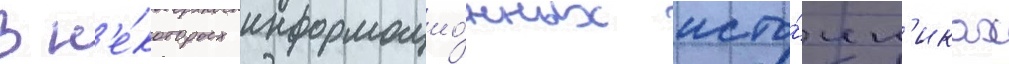
В н'е́которых информацио́нных исто́чн'иках